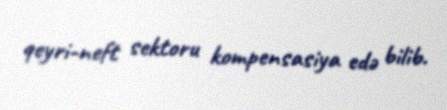
qeyri-neft sektoru kompensasiya edə bilib.